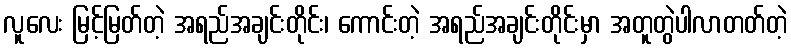
လူလေး မြင့်မြတ်တဲ့ အရည်အချင်းတိုင်း၊ ကောင်းတဲ့ အရည်အချင်းတိုင်းမှာ အတူတွဲပါလာတတ်တဲ့